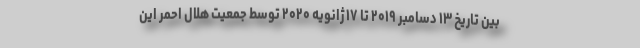
بین تاریخ ۱۳ دسامبر ۲۰۱۹ تا ۱۷ ژانویه ۲۰۲۰ توسط جمعیت هلال احمر این